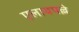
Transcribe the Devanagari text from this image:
एलायपल्ले